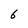
Character: 6